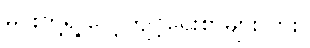
မင်းတို့ရဲ့ လေ့ကျင့်ရေးစာများလား။